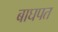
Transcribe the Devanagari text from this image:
बाघपत